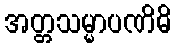
အတ္တသမ္မာပဏိဓိ